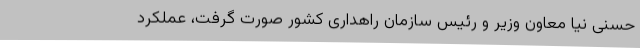
حسنی نیا معاون وزیر و رئیس سازمان راهداری کشور صورت گرفت، عملکرد